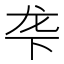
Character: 𬻓